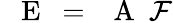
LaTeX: \mathrm{~\textbf~{~E~}~}=\mathrm{~\textbf~{~A~}~}\mathcal{F}